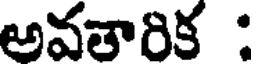
అవతారిక :